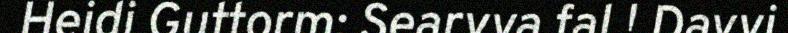
Heidi Guttorm: Searvva fal ! Davvi